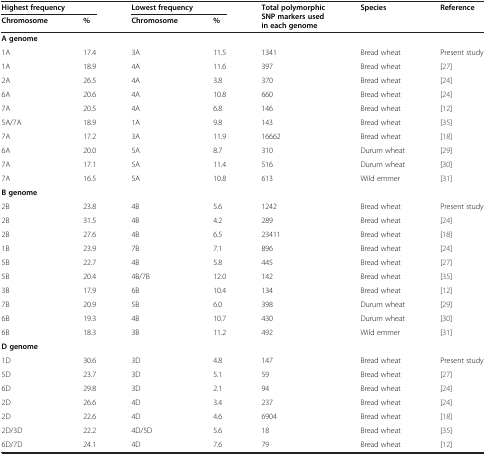
<table><thead><tr><td colspan="2"><b>Highest frequency</b></td><td colspan="2"><b>Lowest frequency</b></td><td rowspan="2"><b>Total polymorphic SNP markers used in each genome</b></td><td rowspan="2"><b>Species</b></td><td rowspan="2"><b>Reference</b></td></tr><tr><td><b>Chromosome</b></td><td><b>%</b></td><td><b>Chromosome</b></td><td><b>%</b></td></tr></thead><tbody><tr><td colspan="7"><b>A genome</b></td></tr><tr><td>1A</td><td>17.4</td><td>3A</td><td>11.5</td><td>1341</td><td>Bread wheat</td><td>Present study</td></tr><tr><td>1A</td><td>18.9</td><td>4A</td><td>11.6</td><td>397</td><td>Bread wheat</td><td>[27]</td></tr><tr><td>2A</td><td>26.5</td><td>4A</td><td>3.8</td><td>370</td><td>Bread wheat</td><td>[24]</td></tr><tr><td>6A</td><td>20.6</td><td>4A</td><td>10.8</td><td>660</td><td>Bread wheat</td><td>[24]</td></tr><tr><td>7A</td><td>20.5</td><td>4A</td><td>6.8</td><td>146</td><td>Bread wheat</td><td>[12]</td></tr><tr><td>5A/7A</td><td>18.9</td><td>1A</td><td>9.8</td><td>143</td><td>Bread wheat</td><td>[35]</td></tr><tr><td>7A</td><td>17.2</td><td>3A</td><td>11.9</td><td>16662</td><td>Bread wheat</td><td>[18]</td></tr><tr><td>6A</td><td>20.0</td><td>5A</td><td>8.7</td><td>310</td><td>Durum wheat</td><td>[29]</td></tr><tr><td>7A</td><td>17.1</td><td>5A</td><td>11.4</td><td>516</td><td>Durum wheat</td><td>[30]</td></tr><tr><td>7A</td><td>16.5</td><td>5A</td><td>10.8</td><td>613</td><td>Wild emmer</td><td>[31]</td></tr><tr><td colspan="7"><b>B genome</b></td></tr><tr><td>2B</td><td>23.8</td><td>4B</td><td>5.6</td><td>1242</td><td>Bread wheat</td><td>Present study</td></tr><tr><td>2B</td><td>31.5</td><td>4B</td><td>4.2</td><td>289</td><td>Bread wheat</td><td>[24]</td></tr><tr><td>2B</td><td>27.6</td><td>4B</td><td>6.5</td><td>23411</td><td>Bread wheat</td><td>[18]</td></tr><tr><td>1B</td><td>23.9</td><td>7B</td><td>7.1</td><td>896</td><td>Bread wheat</td><td>[24]</td></tr><tr><td>5B</td><td>22.7</td><td>4B</td><td>5.8</td><td>445</td><td>Bread wheat</td><td>[27]</td></tr><tr><td>5B</td><td>20.4</td><td>4B/7B</td><td>12.0</td><td>142</td><td>Bread wheat</td><td>[35]</td></tr><tr><td>3B</td><td>17.9</td><td>6B</td><td>10.4</td><td>134</td><td>Bread wheat</td><td>[12]</td></tr><tr><td>7B</td><td>20.9</td><td>5B</td><td>6.0</td><td>398</td><td>Durum wheat</td><td>[29]</td></tr><tr><td>6B</td><td>19.3</td><td>4B</td><td>10.7</td><td>430</td><td>Durum wheat</td><td>[30]</td></tr><tr><td>6B</td><td>18.3</td><td>3B</td><td>11.2</td><td>492</td><td>Wild emmer</td><td>[31]</td></tr><tr><td colspan="7"><b>D genome</b></td></tr><tr><td>1D</td><td>30.6</td><td>3D</td><td>4.8</td><td>147</td><td>Bread wheat</td><td>Present study</td></tr><tr><td>5D</td><td>23.7</td><td>3D</td><td>5.1</td><td>59</td><td>Bread wheat</td><td>[27]</td></tr><tr><td>6D</td><td>29.8</td><td>3D</td><td>2.1</td><td>94</td><td>Bread wheat</td><td>[24]</td></tr><tr><td>2D</td><td>26.6</td><td>4D</td><td>3.4</td><td>237</td><td>Bread wheat</td><td>[24]</td></tr><tr><td>2D</td><td>22.6</td><td>4D</td><td>4.6</td><td>6904</td><td>Bread wheat</td><td>[18]</td></tr><tr><td>2D/3D</td><td>22.2</td><td>4D/5D</td><td>5.6</td><td>18</td><td>Bread wheat</td><td>[35]</td></tr><tr><td>6D/7D</td><td>24.1</td><td>4D</td><td>7.6</td><td>79</td><td>Bread wheat</td><td>[12]</td></tr></tbody></table>